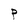
Character: P